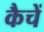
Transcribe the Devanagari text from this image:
कैचें